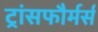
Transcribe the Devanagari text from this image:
ट्रांसफौर्मर्स